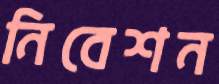
নিবেশন